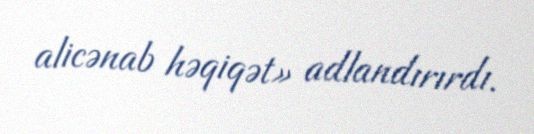
alicənab həqiqət» adlandırırdı.